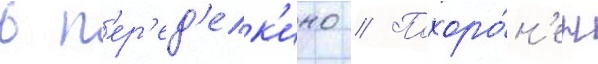
в п'ер'ед'елк'ино // Похоро́н'ен